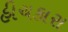
હીચકારા